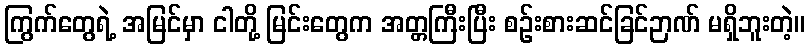
ကြွက်တွေရဲ့ အမြင်မှာ ငါတို့ မြင်းတွေက အတ္တကြီးပြီး စဉ်းစားဆင်ခြင်ဉာဏ် မရှိဘူးတဲ့။